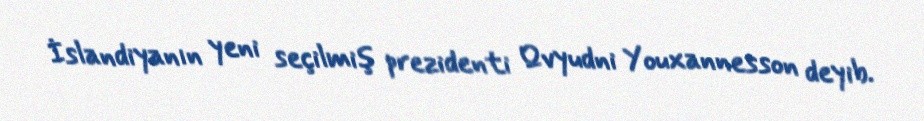
İslandiyanın yeni seçilmiş prezidenti Qvyudni Youxannesson deyib.